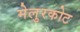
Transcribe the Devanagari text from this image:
मेलुरकोट